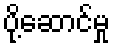
ပို့ဆောင်မှု